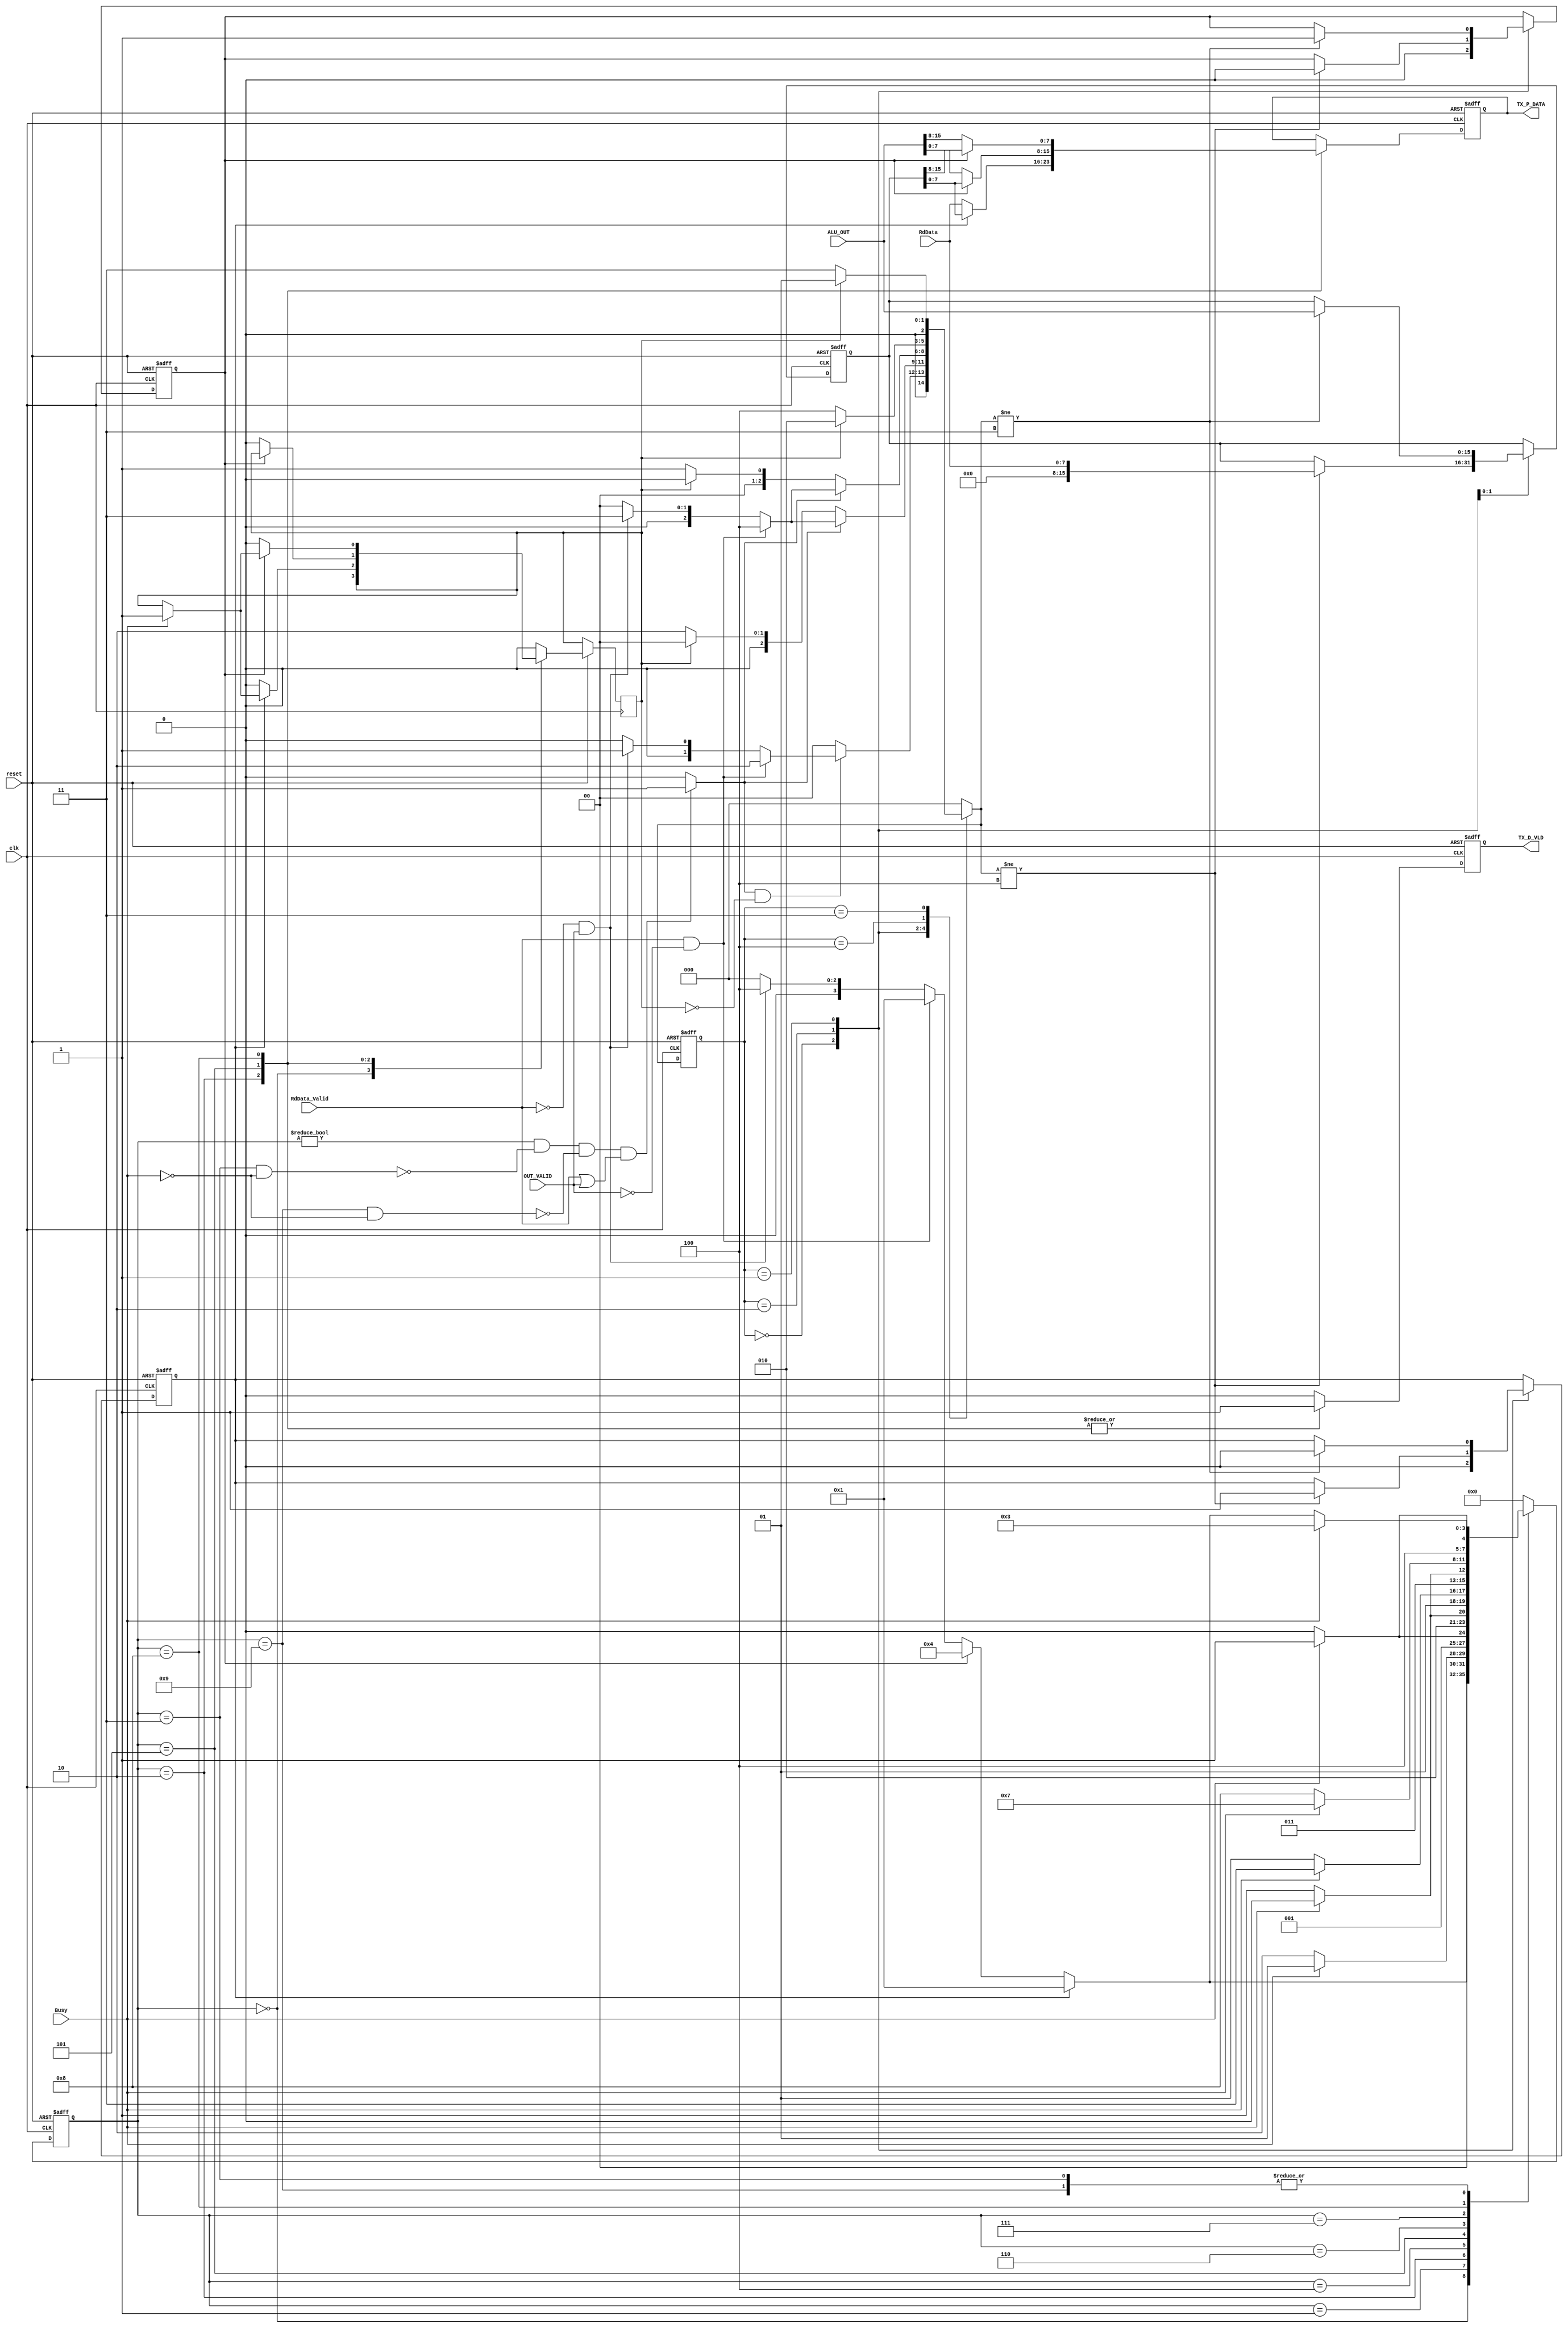
module SYS_CTRL_TX #(
    parameter DATA_WIDTH=8,
    REG_NO=16,
    ADDRESS_WIDTH=4,
    
    //states for SYS_CTRL_TX
    IDLE                         = 0,

    SEND_RdData_BUSY_WAIT        = 1, //IN BUSY_WAIT SIGNALS WE ARE WAITING FOR BUSY TO BE LOW
    SEND_RdData_BUSY_RESERVED    = 2, //IN BUSY_RESERVED SIGNALS WE ARE WAITING FOR BUSY TO BE HIGH
    SEND_RdData_BUSY_FREE        = 3, //IN BUSY_FREE WE ARE WAITING FOR BUSY TO BE LOW AGAIN
    
    SEND_ALU_OUT_1_BUSY_WAIT     = 4,
    SEND_ALU_OUT_1_BUSY_RESERVED = 5,
    SEND_ALU_OUT_1_BUSY_FREE     = 6,

    SEND_ALU_OUT_2_BUSY_WAIT     = 7,
    SEND_ALU_OUT_2_BUSY_RESERVED = 8,
    SEND_ALU_OUT_2_BUSY_FREE     = 9,

    //states for overdata unit
    OVERDATA_ALU_RESERVED       = 1,
    OVERDATA_RdData_RESERVED    = 2,
    OVERDATA_ALU_WAITING        = 3,
    OVERDATA_RdData_WAITING     = 4
) (
    //from RF
    input [DATA_WIDTH-1 : 0] RdData,
    input                    RdData_Valid,
    //from ALU
    input [2*DATA_WIDTH-1:0] ALU_OUT, //how to o/p that
    input                    OUT_VALID,
    //from UART_TX
    input Busy,
    // //from SYS_CTRL_RX
    // input RX_D_VLD,

    input clk, reset,

    //to UART_TX
    output reg [DATA_WIDTH-1 : 0] TX_P_DATA,
    output reg                    TX_D_VLD
);

reg [3:0] next_state;
reg [3:0] current_state;

reg [2:0] overdata_next_state;
reg [2:0] overdata_current_state;

reg [2*DATA_WIDTH-1 : 0] overdata;
reg overdata_flag;
reg overdata_ALU_flag;
reg overdata_RdData_flag;

reg overdata_finished_flag;


///////////////////////////////////// OVERDATA UNIT  //////////////////////////////////// 
always @(posedge clk or negedge reset) 
begin
    if(!reset)
    begin
        overdata_current_state <= IDLE;
    end

    else
    begin
        overdata_current_state <= overdata_next_state;
    end   
end

//overdata register assigning
always @(posedge clk or negedge reset) 
begin
    if(!reset)
    begin
        overdata             <= 0;
        overdata_ALU_flag    <= 0;
        overdata_RdData_flag <= 0;
    end

    else
    begin
        case (overdata_current_state)         //next_state or current_state
            
            IDLE:
            begin
                overdata_ALU_flag    <= 0;
                overdata_RdData_flag <= 0;
            end

            OVERDATA_RdData_RESERVED:
            begin
                if(overdata_next_state != OVERDATA_RdData_WAITING)
                begin
                    overdata             <= RdData;
                    overdata_ALU_flag    <= 0;
                    overdata_RdData_flag <= 1;
                end
            end

            OVERDATA_ALU_RESERVED:
            begin
                if(overdata_next_state != OVERDATA_ALU_WAITING)
                begin
                    overdata             <= ALU_OUT;
                    overdata_ALU_flag    <= 1;
                    overdata_RdData_flag <= 0;
                end
            end 
        endcase
    end
end

always @(*) 
begin
    case (overdata_current_state)
        IDLE:
        begin
            if(overdata_flag && !overdata_finished_flag)
            begin
                if(RdData_Valid && !OUT_VALID)
                begin
                    overdata_next_state = OVERDATA_RdData_RESERVED;
                end

                else if(!RdData_Valid && OUT_VALID)
                begin
                    overdata_next_state = OVERDATA_ALU_RESERVED;
                end

                else  //IMPOSSIBLE TO HAPPEN
                overdata_next_state = IDLE;  
            end

            else
            begin
                overdata_next_state = IDLE;  
            end 
        end
        
        OVERDATA_RdData_RESERVED:
        begin
            if(overdata_flag)
            begin
                if(RdData_Valid && !OUT_VALID)
                begin
                    overdata_next_state = OVERDATA_RdData_WAITING;
                end

                else if(!RdData_Valid && OUT_VALID)
                begin
                    overdata_next_state = OVERDATA_ALU_WAITING;
                end

                else  //IMPOSSIBLE TO HAPPEN
                overdata_next_state = IDLE;  
            end
            
            else if(!overdata_finished_flag)
            begin
                overdata_next_state = OVERDATA_RdData_RESERVED;
            end

            else
            begin
                overdata_next_state = IDLE;  
            end 
        end

        OVERDATA_ALU_RESERVED:
        begin
            if(overdata_flag)
            begin
                if(RdData_Valid && !OUT_VALID)
                begin
                    overdata_next_state = OVERDATA_RdData_WAITING;
                end

                else if(!RdData_Valid && OUT_VALID)
                begin
                    overdata_next_state = OVERDATA_ALU_WAITING;
                end

                else  //IMPOSSIBLE TO HAPPEN
                overdata_next_state = IDLE;  
            end
            
            else if(!overdata_finished_flag)
            begin
                overdata_next_state = OVERDATA_ALU_RESERVED;
            end
            
            else
            begin
                overdata_next_state = IDLE;  
            end
        end

        OVERDATA_RdData_WAITING:
        begin
            if(overdata_finished_flag)
            begin
                overdata_next_state = OVERDATA_RdData_RESERVED;
            end

            else
            begin
                overdata_next_state = OVERDATA_RdData_WAITING;
            end
        end

        OVERDATA_ALU_WAITING:
        begin
            if(overdata_finished_flag)
            begin
                overdata_next_state = OVERDATA_ALU_RESERVED;
            end

            else
            begin
                overdata_next_state = OVERDATA_ALU_WAITING;
            end
        end

        default: overdata_next_state =IDLE;
    endcase
    
end
/////////////////////////////////////////////////////////////////////////////////////////


always @(*)
begin
    if(current_state != IDLE                                     && 
       !(current_state == SEND_RdData_BUSY_FREE    && Busy == 0) &&
       !(current_state == SEND_ALU_OUT_2_BUSY_FREE && Busy == 0) &&
       (RdData_Valid   || OUT_VALID)
      )
    begin
        overdata_flag = 1;
    end

    else
    begin
        overdata_flag = 0;
    end
end


//remove overdata from this block ????????????
//hashed
// always @(posedge clk or negedge reset) 
// begin
//     if(!reset)
//     begin
//         overdata_ALU_flag    <= 0;
//         overdata_RdData_flag <= 0;
//     end

//     else
//     begin
//         if(overdata_flag && !overdata_finished_flag)
//         begin
//             if(RdData_Valid && !OUT_VALID )
//             begin
//                 overdata_ALU_flag    <= 0;
//                 overdata_RdData_flag <= 1;
//             end
            
//             else if(!RdData_Valid && OUT_VALID)
//             begin
//                 overdata_ALU_flag    <= 1;
//                 overdata_RdData_flag <= 0;
//             end

//             else
//             begin
//                 overdata_ALU_flag    <= 0;
//                 overdata_RdData_flag <= 0;
//             end
//         end
        
//         else if(overdata_finished_flag)
//         begin
//             overdata_ALU_flag    <= 0;
//             overdata_RdData_flag <= 0;
//         end
        
//         // else
//         // begin
//         //     overdata_ALU_flag    <= 0;
//         //     overdata_RdData_flag <= 0;
//         // end
            
//     end
// end


always @(posedge clk or negedge reset) 
begin
    if(!reset)
    begin
        TX_P_DATA <= 0;
        TX_D_VLD  <= 0;
    end

    else
    begin
        case (current_state) //next_state or current_state
            IDLE:
            begin
                TX_D_VLD  <= 0;
            end 

            SEND_RdData_BUSY_RESERVED:
            begin
                TX_D_VLD  <= 1;     //             
                
                if(overdata_RdData_flag)
                begin
                    TX_P_DATA <= overdata[DATA_WIDTH-1 : 0];
                    if(Busy)
                    overdata_finished_flag <= 1;

                end

                else
                begin
                    TX_P_DATA <= RdData;
                    overdata_finished_flag <= 0;
                end
                
            end

            SEND_ALU_OUT_1_BUSY_RESERVED:
            begin
                TX_D_VLD  <= 1;

                if(overdata_ALU_flag)
                begin
                    TX_P_DATA <= overdata[DATA_WIDTH-1 : 0];
                    // overdata_finished_flag <= 1;
                end
                

                else
                begin
                    TX_P_DATA <= ALU_OUT[DATA_WIDTH-1 : 0];
                    overdata_finished_flag <= 0;
                end
                
            end
            
            SEND_ALU_OUT_2_BUSY_RESERVED:  ///???????
            begin
                TX_D_VLD  <= 1;

                if(overdata_ALU_flag)
                begin
                    TX_P_DATA <= overdata[2*DATA_WIDTH-1 : DATA_WIDTH];
                    if(Busy)
                    overdata_finished_flag <= 1;
                end

                else
                begin
                    TX_P_DATA <= ALU_OUT[2*DATA_WIDTH-1 : DATA_WIDTH];
                    overdata_finished_flag <= 0;
                end
                
            end
            
            default:begin TX_D_VLD <= 0; overdata_finished_flag <= 0; end ///?????
            //               
        endcase
    end
end


always @(posedge clk or negedge reset) 
begin
    if(!reset)
    begin
        current_state <= IDLE;
    end

    else
    begin
        current_state <= next_state;
    end
end

always @(*) 
begin
    case (current_state)
        IDLE:
        begin
            if(overdata_RdData_flag)
            begin
                next_state = SEND_RdData_BUSY_WAIT;
            end

            else if (overdata_ALU_flag)
            begin
                next_state = SEND_ALU_OUT_1_BUSY_WAIT;               
            end

            else
            begin
                if(RdData_Valid && !OUT_VALID)
                begin
                   next_state = SEND_RdData_BUSY_WAIT;
                end
            
                else if(!RdData_Valid && OUT_VALID)
                begin
                    next_state = SEND_ALU_OUT_1_BUSY_WAIT;
                end

                else
                begin
                    next_state = IDLE;
                end
            end
            
        end

        SEND_RdData_BUSY_WAIT:
        begin
            if(!Busy)
            next_state = SEND_RdData_BUSY_RESERVED;

            else
            next_state = SEND_RdData_BUSY_WAIT;
        end

        SEND_RdData_BUSY_RESERVED:
        begin
            if(Busy)
            next_state = SEND_RdData_BUSY_FREE;

            else
            next_state = SEND_RdData_BUSY_RESERVED;
        end

        SEND_RdData_BUSY_FREE:  
        begin
            if(!Busy)
            begin
               if(overdata_RdData_flag)
               begin
                   next_state = SEND_RdData_BUSY_WAIT;
               end

               else if (overdata_ALU_flag)
               begin
                   next_state = SEND_ALU_OUT_1_BUSY_WAIT;               
               end

               else
               begin
                   if(RdData_Valid && !OUT_VALID)
                   begin
                       next_state = SEND_RdData_BUSY_WAIT;
                   end
                   else if(!RdData_Valid && OUT_VALID)
                   begin
                       next_state = SEND_ALU_OUT_1_BUSY_WAIT;
                   end
                   else
                   begin
                       next_state = IDLE;
                   end
              end
            end
            
            else
            begin
                next_state = SEND_RdData_BUSY_FREE;
            end
        end
        

        SEND_ALU_OUT_1_BUSY_WAIT:
        begin
            if (!Busy)
            next_state = SEND_ALU_OUT_1_BUSY_RESERVED;
            else
            next_state = SEND_ALU_OUT_1_BUSY_WAIT;
            
        end
        

        SEND_ALU_OUT_1_BUSY_RESERVED:
        begin
            if(Busy)
            next_state = SEND_ALU_OUT_2_BUSY_WAIT;
            else
            next_state = SEND_ALU_OUT_1_BUSY_RESERVED;
        end


        SEND_ALU_OUT_1_BUSY_FREE:
        begin
            if(!Busy)
            next_state = SEND_ALU_OUT_2_BUSY_WAIT;
            else
            next_state = SEND_ALU_OUT_1_BUSY_FREE;
        end


        SEND_ALU_OUT_2_BUSY_WAIT:
        begin
            if(!Busy)
            next_state = SEND_ALU_OUT_2_BUSY_RESERVED;
            else
            next_state = SEND_ALU_OUT_2_BUSY_WAIT;   
        end


        SEND_ALU_OUT_2_BUSY_RESERVED:
        begin
            if(Busy)
            next_state = SEND_ALU_OUT_2_BUSY_FREE;
            else
            next_state = SEND_ALU_OUT_2_BUSY_RESERVED;
        end


        SEND_ALU_OUT_2_BUSY_FREE:
        begin
            if(!Busy)
            begin
               if(overdata_RdData_flag)
               begin
                   next_state = SEND_RdData_BUSY_WAIT;
               end

               else if (overdata_ALU_flag)
               begin
                   next_state = SEND_ALU_OUT_1_BUSY_WAIT;               
               end

               else
               begin
                   if(RdData_Valid && !OUT_VALID)
                   begin
                       next_state = SEND_RdData_BUSY_WAIT;
                   end
                   else if(!RdData_Valid && OUT_VALID)
                   begin
                       next_state = SEND_ALU_OUT_1_BUSY_WAIT;
                   end
                   else
                   begin
                       next_state = IDLE;
                   end
              end
            end
            
            else
            begin
                next_state = SEND_RdData_BUSY_FREE;
            end
        end


        default: next_state = IDLE;
    endcase
    
end

endmodule